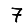
Digit: 7